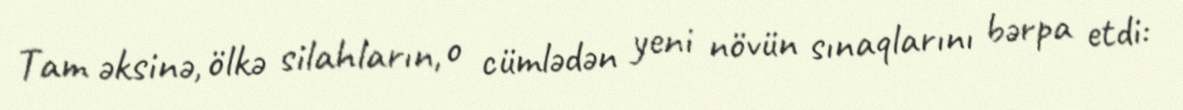
Tam əksinə, ölkə silahların, o cümlədən yeni növün sınaqlarını bərpa etdi: